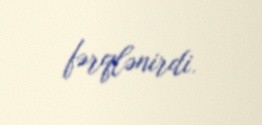
fərqlənirdi.